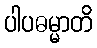
ပါပဓမ္မာတိ